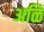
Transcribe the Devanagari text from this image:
अळि